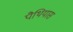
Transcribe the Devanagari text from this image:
पैथियास